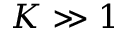
K \gg 1